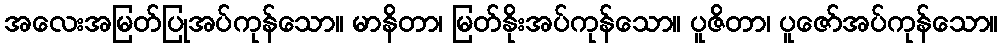
အလေးအမြတ်ပြုအပ်ကုန်သော။ မာနိတာ၊ မြတ်နိုးအပ်ကုန်သော။ ပူဇိတာ၊ ပူဇော်အပ်ကုန်သော။